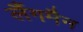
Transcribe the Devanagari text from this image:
लैंगमैन